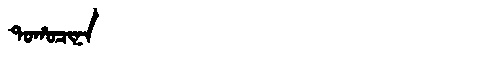
Manchu: ᡨᠣᡥᠣᠴᡳᠨᠠ
Romanization: TOHOCINA